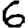
Digit: 6